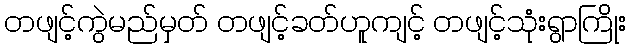
တဖျင့်ကွဲမည်မှတ် တဖျင့်ခတ်ဟူကျင့် တဖျင့်သုံးရွာကြိုး